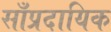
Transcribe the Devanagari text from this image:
साँप्रदायिक